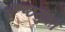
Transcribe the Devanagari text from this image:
कुष्ठयुक्त